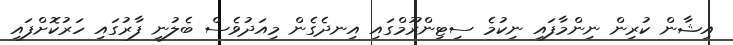
އިޝާން ކުރިން ނިންމާފައި ނިކުމެ ސިޓިންރޫމްގައި އިނދެގެން މިއަދުވެސް ބެލުނީ ފާރުގައި ހަރުކޮށްފައި